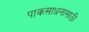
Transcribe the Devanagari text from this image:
पाकसाधनासाठी